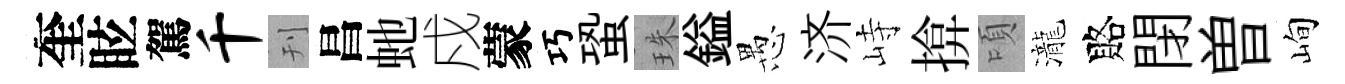
奎眩駕千刊昌虵戍蒙巧蛩珠鎰愚济峙揜頃瀧賂閉曽峋